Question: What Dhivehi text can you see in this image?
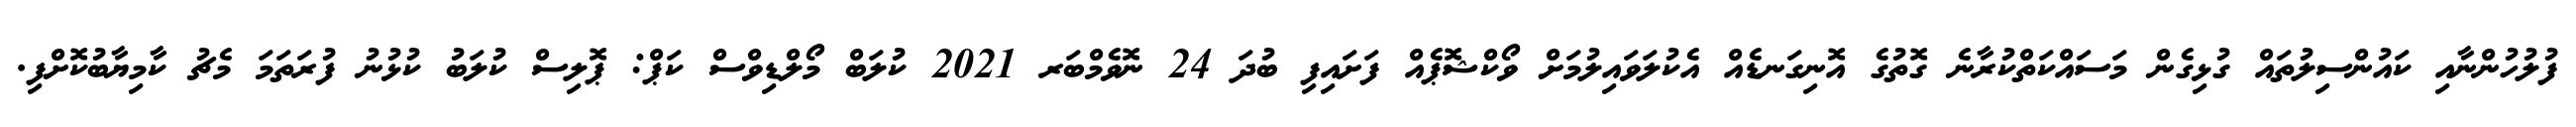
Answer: ފުލުހުންނާއި ކައުންސިލުތައް ގުޅިގެން މަސައްކަތްކުރާނެ ގޮތުގެ އޮނިގަނޑެއް އެކުލަވައިލުމަށް ވޯކްޝޮޕެއް ފަށައިފި ބުދަ 24 ނޮވެމްބަރ 2021 ކުލަބް މޯލްޑިވްސް ކަޕް: ޕޮލިސް ކުލަބު ކުޅުނު ފުރަތަމަ މެޗު ކާމިޔާބުކޮށްފި.